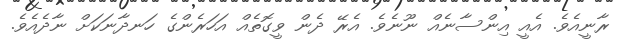
ރާނީއެވެ. އެއީ އިންސާނެއް ނޫނެވެ. އެރޭ ދެން ވީގޮތެއް އަހަރެންގެ ހަނދާނަކަށް ނާދެއެވެ.